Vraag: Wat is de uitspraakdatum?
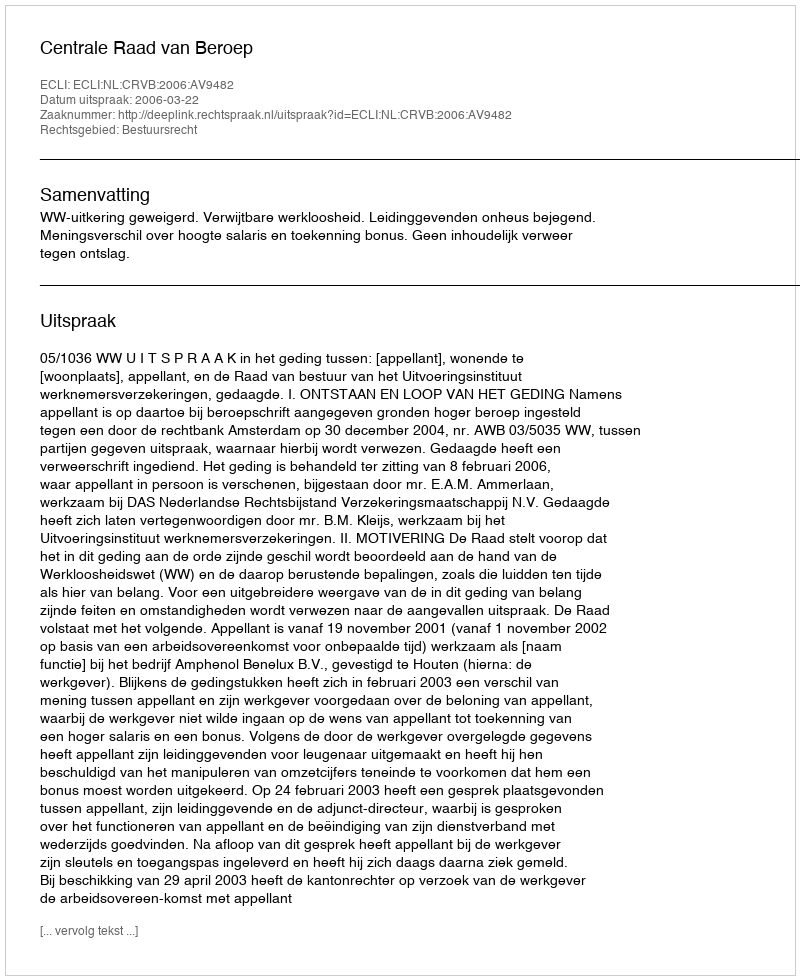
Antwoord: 2006-03-22